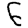
Digit: 6